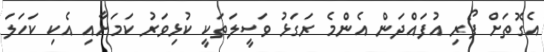
އެގޮތަށް ފޯރި އުފައްދަން އެންމެ ރަގަޅު ވަސީލަތަކީ ކުޅިވަރު ކަމަށާއި އެކި ކަހަލަ